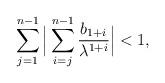
LaTeX: \begin{align*}\sum^{n-1}_{j=1}\Big|\sum^{n-1}_{i=j}\frac{b_{1+i}}{\lambda^{1+i}}\Big|<1, \end{align*}